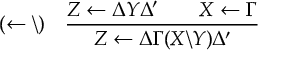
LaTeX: ( \leftarrow \backslash ) \quad { \frac { Z \leftarrow \Delta Y \Delta ^ { \prime } \qquad X \leftarrow \Gamma } { Z \leftarrow \Delta \Gamma ( X \backslash Y ) \Delta ^ { \prime } } }